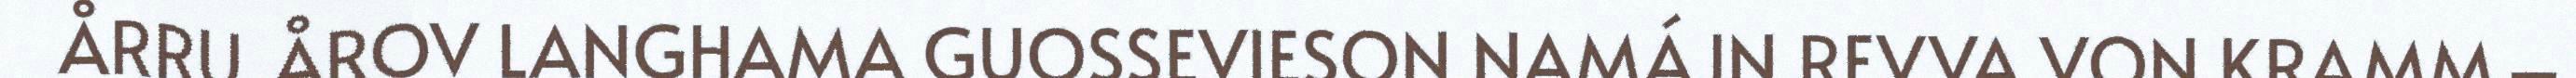
ÅRRU. ÅROV LANGHAMA GUOSSEVIESON NAMÁJN REVVA VON KRAMM.–